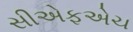
સીએફએચ